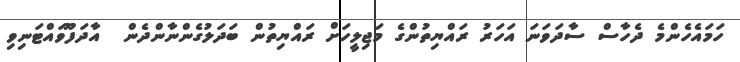
ހަމައެހެންމެ ދެހާސް ސާދަވަނަ އަހަރު ރައްޔިތުންގެ މަޖިލީހަށް ރައްޔިތުން ބަދަލުގެންނާންދެން  އާދަފޫވައްޓަނިވި